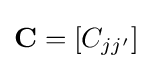
\mathbf {C} =[C_{jj'}]